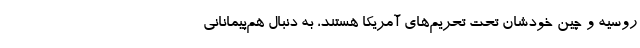
روسیه و چین خودشان تحت تحریم‌های آمریکا هستند، به دنبال هم‌پیمانانی